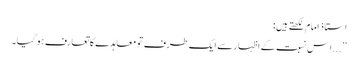
استاذ امام لکھتے ہیں:
’’...اِس نسبت کے اظہار سے ایک طرف تو معاہدے کا تعارف ہو گیا۔